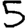
Digit: 5